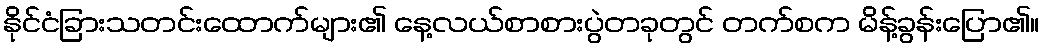
နိုင်ငံခြားသတင်းထောက်များ၏ နေ့လယ်စာစားပွဲတခုတွင် တက်စက မိန့်ခွန်းပြော၏။